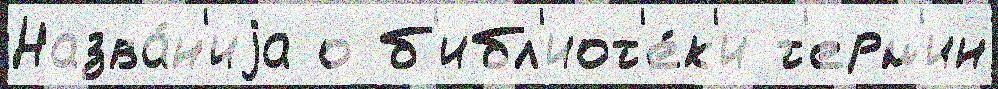
Назва́н'иjа о б'ибл'иот'е́к'и т'ерм'ин